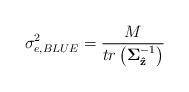
LaTeX: \begin{align*}\sigma_{e,BLUE}^2 = \frac{M}{tr\left(\mathbf{\Sigma}_{\mathbf{\hat{z}}}^{-1}\right) } \end{align*}